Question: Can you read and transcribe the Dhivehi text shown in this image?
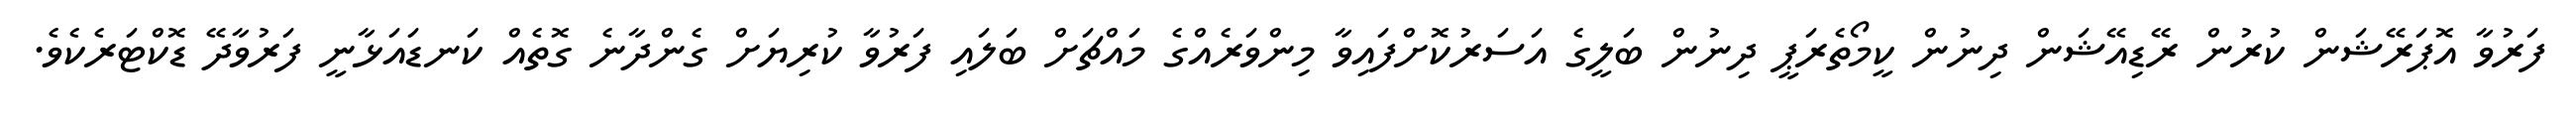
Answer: ފަރުވާ އޮޕަރޭޝަން ކުރުން ރޭޑިއޭޝަން ދިނުން ކީމޯތެރަޕީ ދިނުން ބަލީގެ އަސަރުކޮށްފައިވާ މިންވަރެއްގެ މައްޗަށް ބަލައި ފަރުވާ ކުރިޔަށް ގެންދާނެ ގޮތެއް ކަނޑައަޅާނީ ފަރުވާދޭ ޑޮކްޓަރެކެވެ.